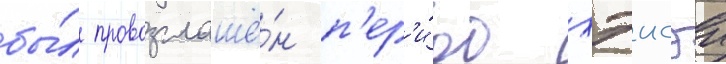
бы́л провозглашё́н п'ер'и́од хэисэи